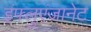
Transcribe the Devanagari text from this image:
इंफ्लुएंजानेट